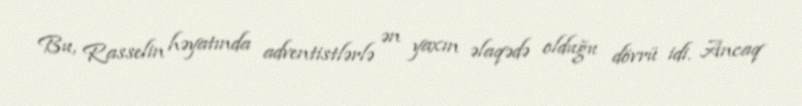
Bu, Rasselin həyatında adventistlərlə ən yaxın əlaqədə olduğu dövrü idi. Ancaq